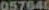
057640